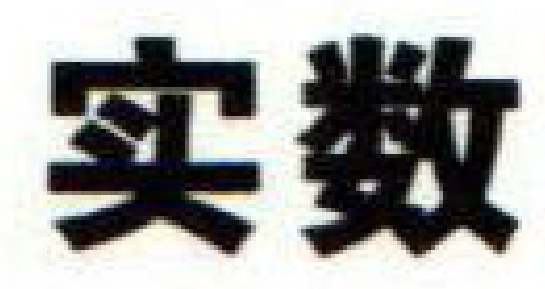
实数